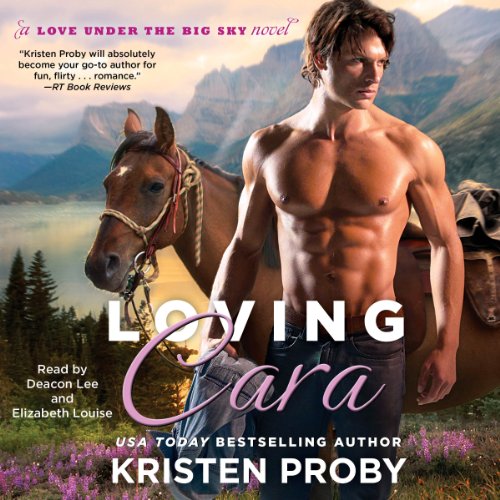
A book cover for Loving Cara: Love Under the Big Sky; Kristen Proby; Romance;